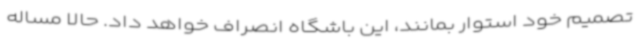
تصمیم خود استوار بمانند، این باشگاه انصراف خواهد داد. حالا مساله